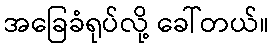
အခြေခံရုပ်လို့ ခေါ်တယ်။